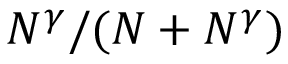
N ^ { \gamma } / ( N + N ^ { \gamma } )